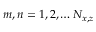
m , n = 1 , 2 , \dotsc N _ { x , z }